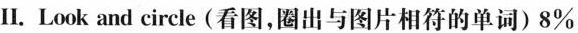
Il. Look and circle(看图,圈出与图片相符的单词)8%